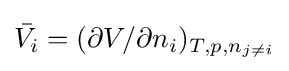
{\bar {V_{i}}}=(\partial V/\partial n_{i})_{T,p,n_{j\neq i}}